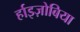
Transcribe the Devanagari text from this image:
र्हाइज़ोबिया